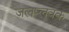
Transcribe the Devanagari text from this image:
जलप्लवक